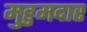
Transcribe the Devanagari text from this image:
मुहुमदार